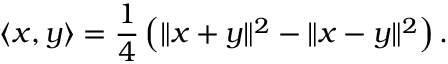
\langle x , y \rangle = { \frac { 1 } { 4 } } \left( \| x + y \| ^ { 2 } - \| x - y \| ^ { 2 } \right) .